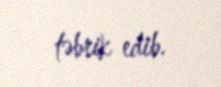
təbrik edib.